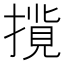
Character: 𢳢